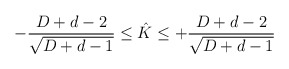
\begin{align*}- \frac{D+d-2}{\sqrt{D+d-1}} \leq \hat{K} \leq + \frac{D+d-2}{\sqrt{D+d-1}}\end{align*}